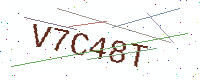
Text: V7C48T